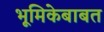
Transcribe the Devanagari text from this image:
भूमिकेबाबत